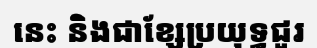
នេះ និងជាខ្សែប្រយុទ្ធជួរ